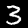
Label: 3